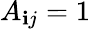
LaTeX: A_{\mathbf{i}j}=1